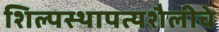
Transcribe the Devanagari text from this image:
शिल्पस्थापत्यशैलीचे